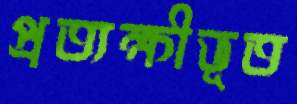
প্রত্যক্ষীভূত